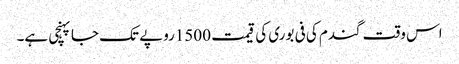
اس وقت گندم کی فی بوری کی قیمت 1500روپے تک جا پہنچی ہے۔